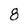
Character: 8